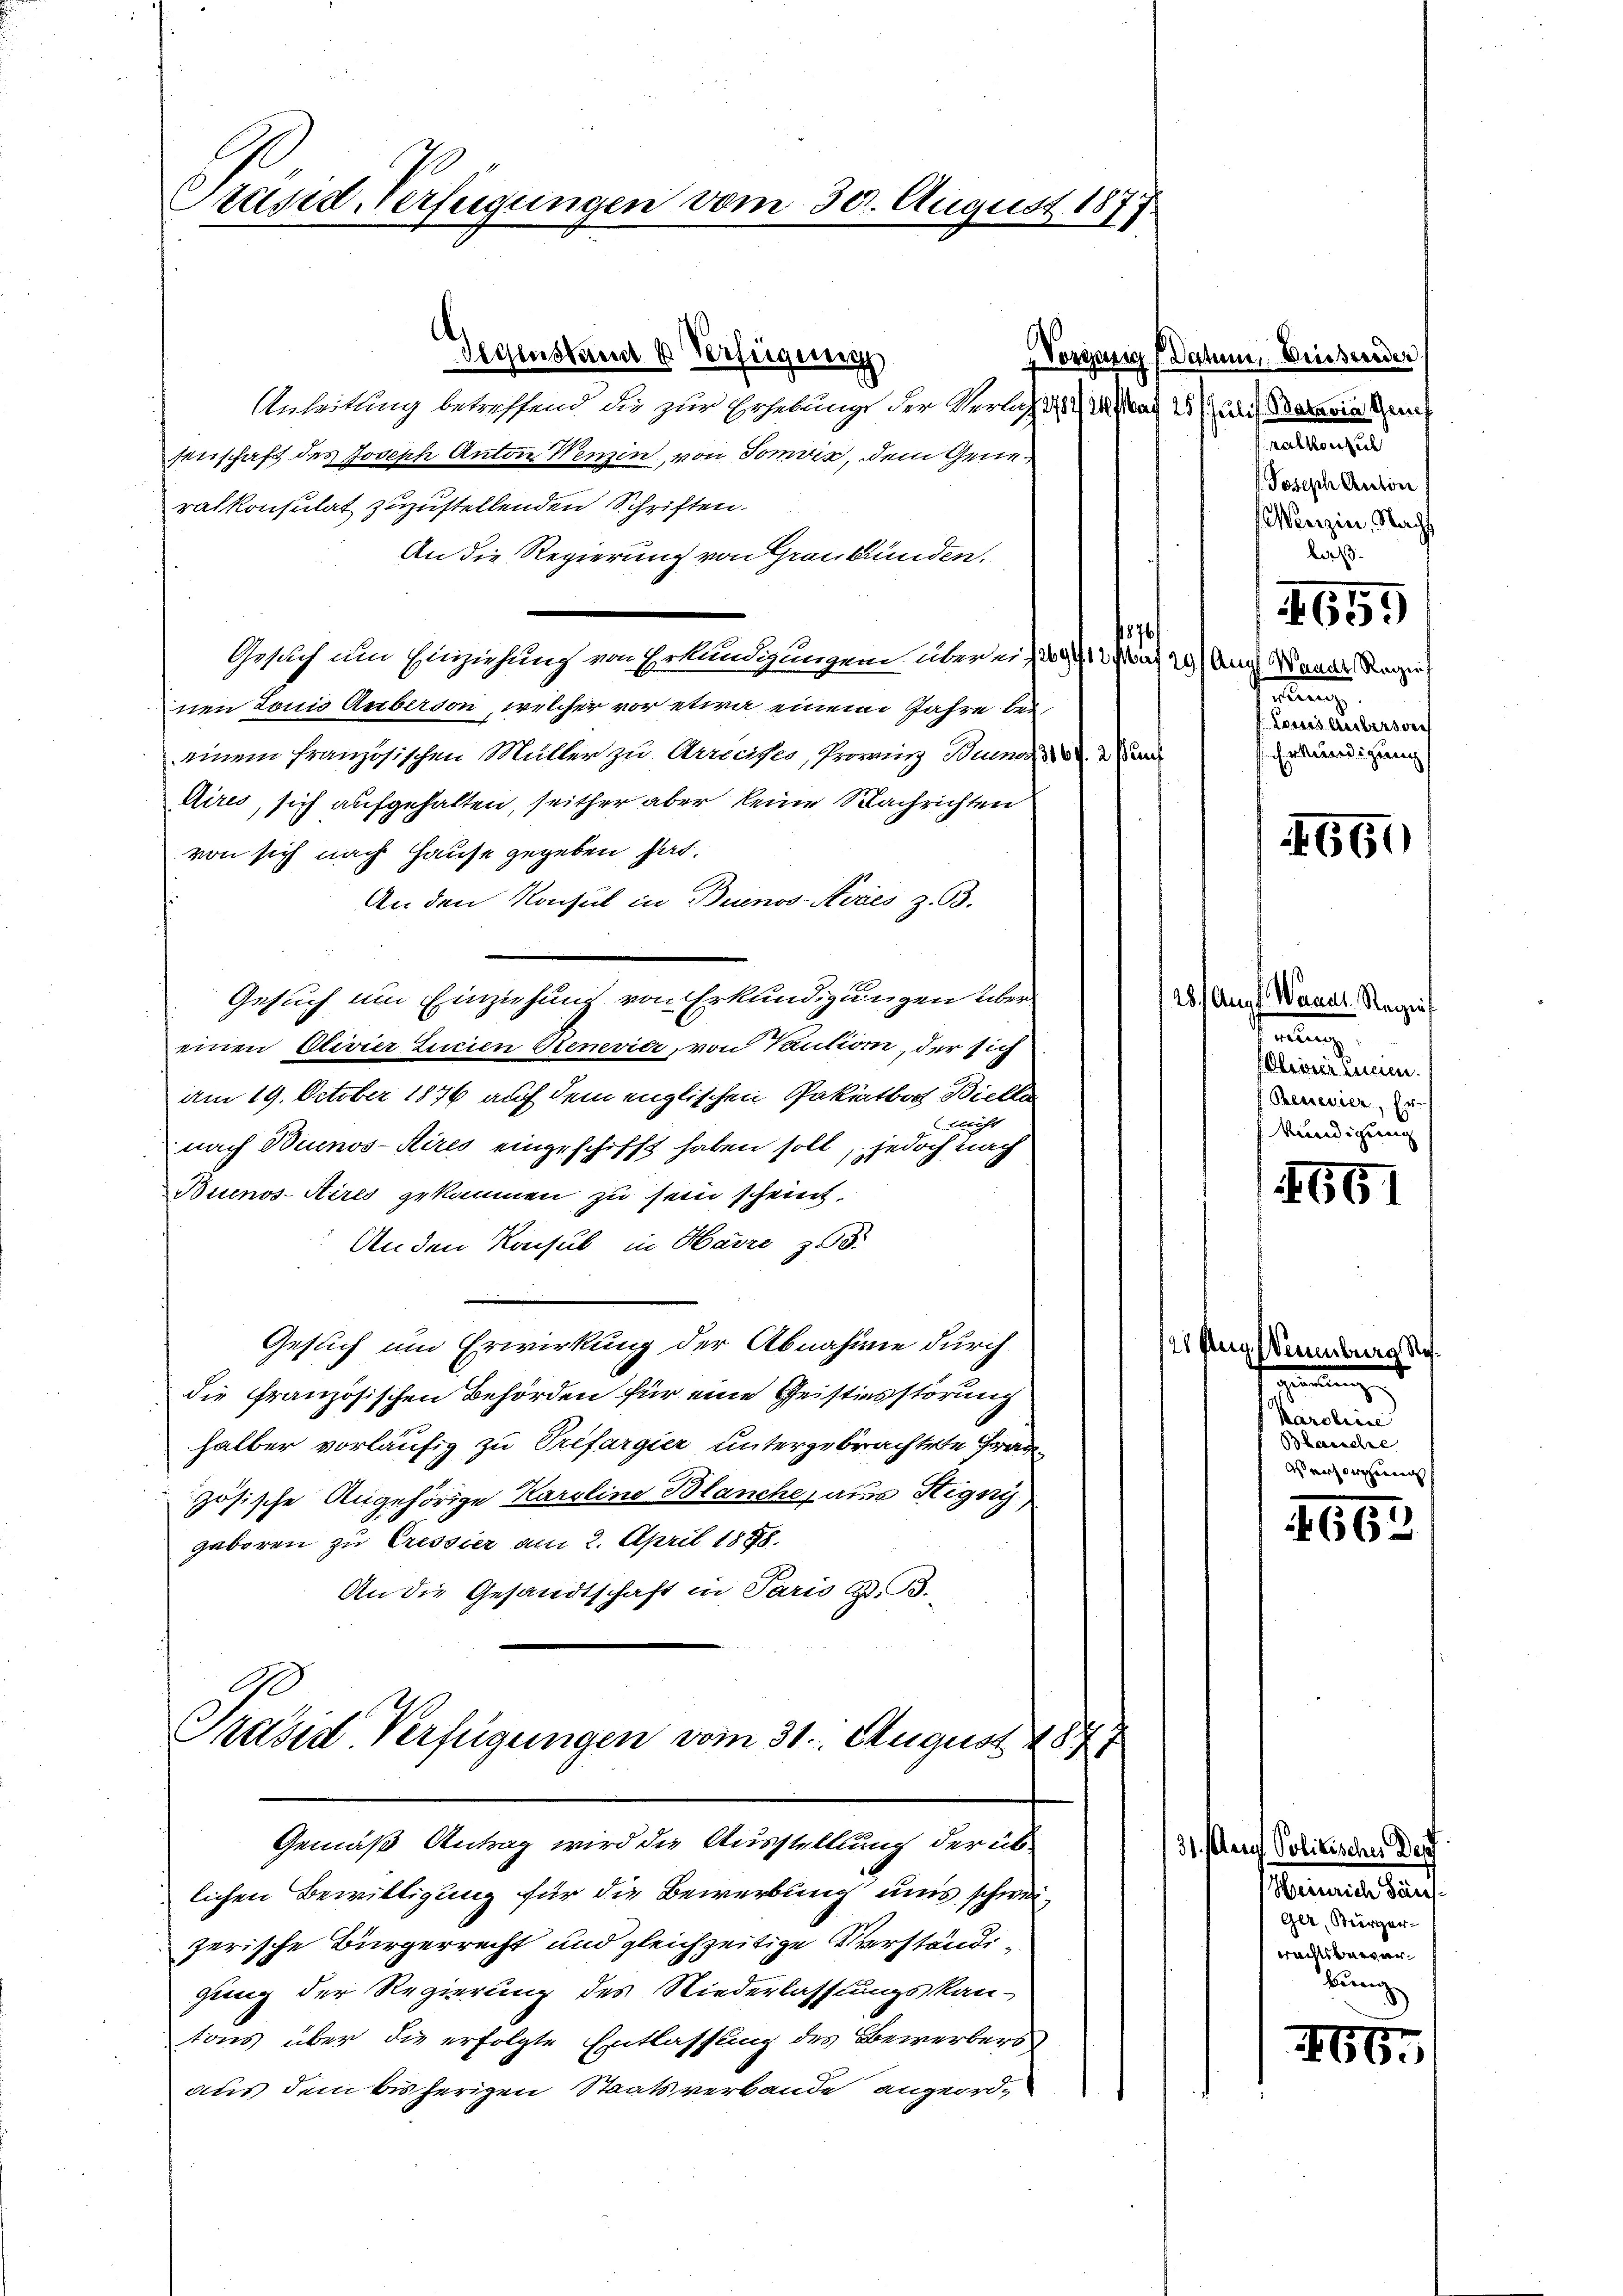
Srusid-Verfügungen vom 30. August 1877.

Anleitung betreffend die zur Erhebung der Verlag 1814. Mai 21 die Bereinku
senschaft des Joseph Anton Wenzin, von Somvić, dem Gener
ralkonsulat zuzustellenden Schriften.
An die Regierung von Graubünden.
876
Gesuch um Einziehung von Erkundigungen über ein 1912 bis 23 Aug. Wander Regie
nen Louis Auberson, welcher vor etwa einem Jahre bei
einem französischen Müller zu Arreises, Provinz Bueno
Aires, sich aufgehalten, seither aber keine Nachrichten
von sich nach Hause gegeben hat.
An den Konsul in Buenos-Stores z. B.
Gesuch um Einziehung von Erkundigungen über
einen Olivier Lucien Renevier, von Kaution, der sich
am 19. October 1876 auf dem englischen Pakiatbach Bielle
bericht
nach Buenos-Kires eingeschifft haben soll, jedoch nach
Buenos-Aires gekommen zu sein scheint.
Anden Konsul in Harre zu.
Gesuch und Erwirkung der Abnahme durch
die französischen Behörden für eine Geistiesstörung
halber vorläufig zu Préfargier untergebrachtete Frag
zösische Angehörige Karoline Blanche, aus Signy
gaboren zu Cressier am 2. April 1898.
An die Gesandtschaft in Paris G. B.
Präsid Verfügungen vom 31. August 1847

Oechsenstande Beseigungs

Gemäß Antrag wird die Ausstelllung der üb¬

lichen Bewilligung für die Bewerbung uns schweizerische Bürgerrecht und gleichzeitige Verständigung der Regierung des Niederlassungskan-
tons über die erfolgte Entlassung des Bewerbers
aus dem bisherigen Staatsverbande angeord¬

Vorganig Datum, Beiserider

31. erg

alkonsul
. Joseph Anton
enzin, Nacht
La

ee eine
Erkundigung

1659

660

28. Aug. Waadt. Regis
.
Obriser innen.
Reisenier, Er-
kündigung

651

28 Aug. Venburg No.
erung
Karoliere
Blauschre

Politisches Dep
Heinrich Häus¬
Ger, Bürger-
rachtsberger¬
Bung

469.